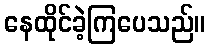
နေထိုင်ခဲ့ကြပေသည်။